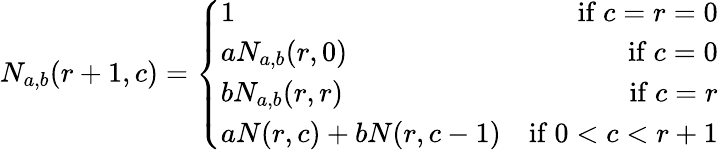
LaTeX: \begin{array}{r}{N_{a,b}(r+1,c)=\left\{ \begin{array}{lr}{1}&{\mathrm{if}\ c=r=0}\\ {aN_{a,b}(r,0)}&{\mathrm{if}\ c=0}\\ {bN_{a,b}(r,r)}&{\mathrm{if}\ c=r}\\ {aN(r,c)+bN(r,c-1)}&{\mathrm{if}\ 0<c<r+1}\end{array}\right.}\end{array}